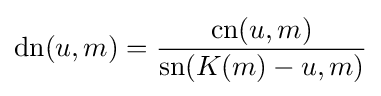
\operatorname {dn} (u,m)={\frac {\operatorname {cn} (u,m)}{\operatorname {sn} (K(m)-u,m)}}